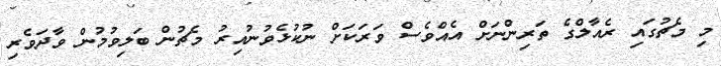
މި މެޗުގައި ރެއާލްގެ ތަރިންނަށް އެއްވެސް ވަރަކަށް ނުކުޅެވުނުއިރު މެޗުން ބަލިވުމުން ވާދަވެރި